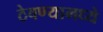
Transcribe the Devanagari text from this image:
ठेवण्यामध्ये